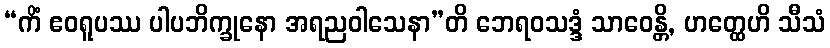
“ကိံ ဧဝရူပဿ ပါပဘိက္ခုနော အရညဝါသေနာ”တိ ဘေရဝသဒ္ဒံ သာဝေန္တိ, ဟတ္ထေဟိ သီသံ